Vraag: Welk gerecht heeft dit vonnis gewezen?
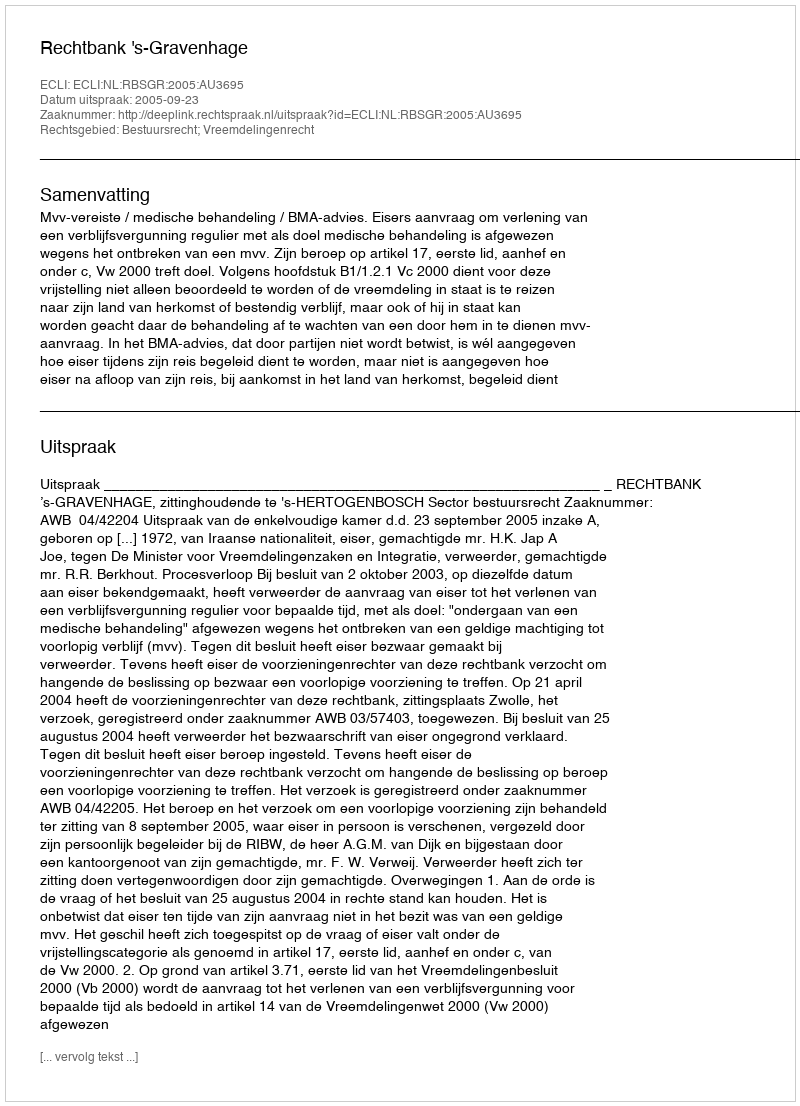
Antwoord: Rechtbank 's-Gravenhage